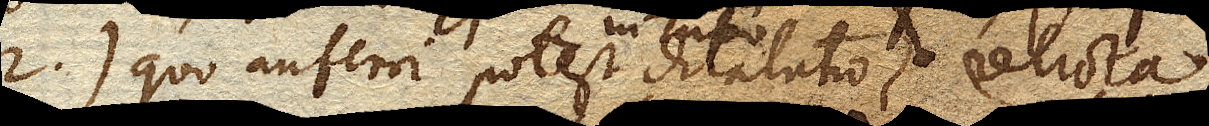
.) quo auferri potest in Tubo dilatatio,